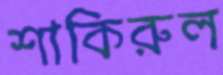
শাকিরুল